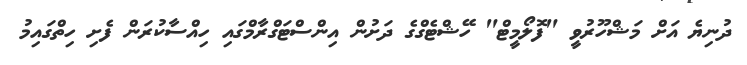
ދުނިޔެ އަށް މަޝްހޫރުވީ "ފޮލޯމީޓް" ހޭޝްޓެގްގެ ދަށުން އިންސްޓަގްރާމްގައި ހިއްސާކުރަން ފެށި ހިތްގައިމު